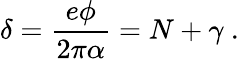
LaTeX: \delta=\frac{e\phi}{2\pi\alpha}=N+\gamma\ .